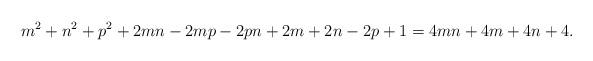
LaTeX: \begin{align*}m^2+n^2+p^2+2mn-2mp-2pn+2m+2n-2p+1=4mn+4m+4n+4.\end{align*}